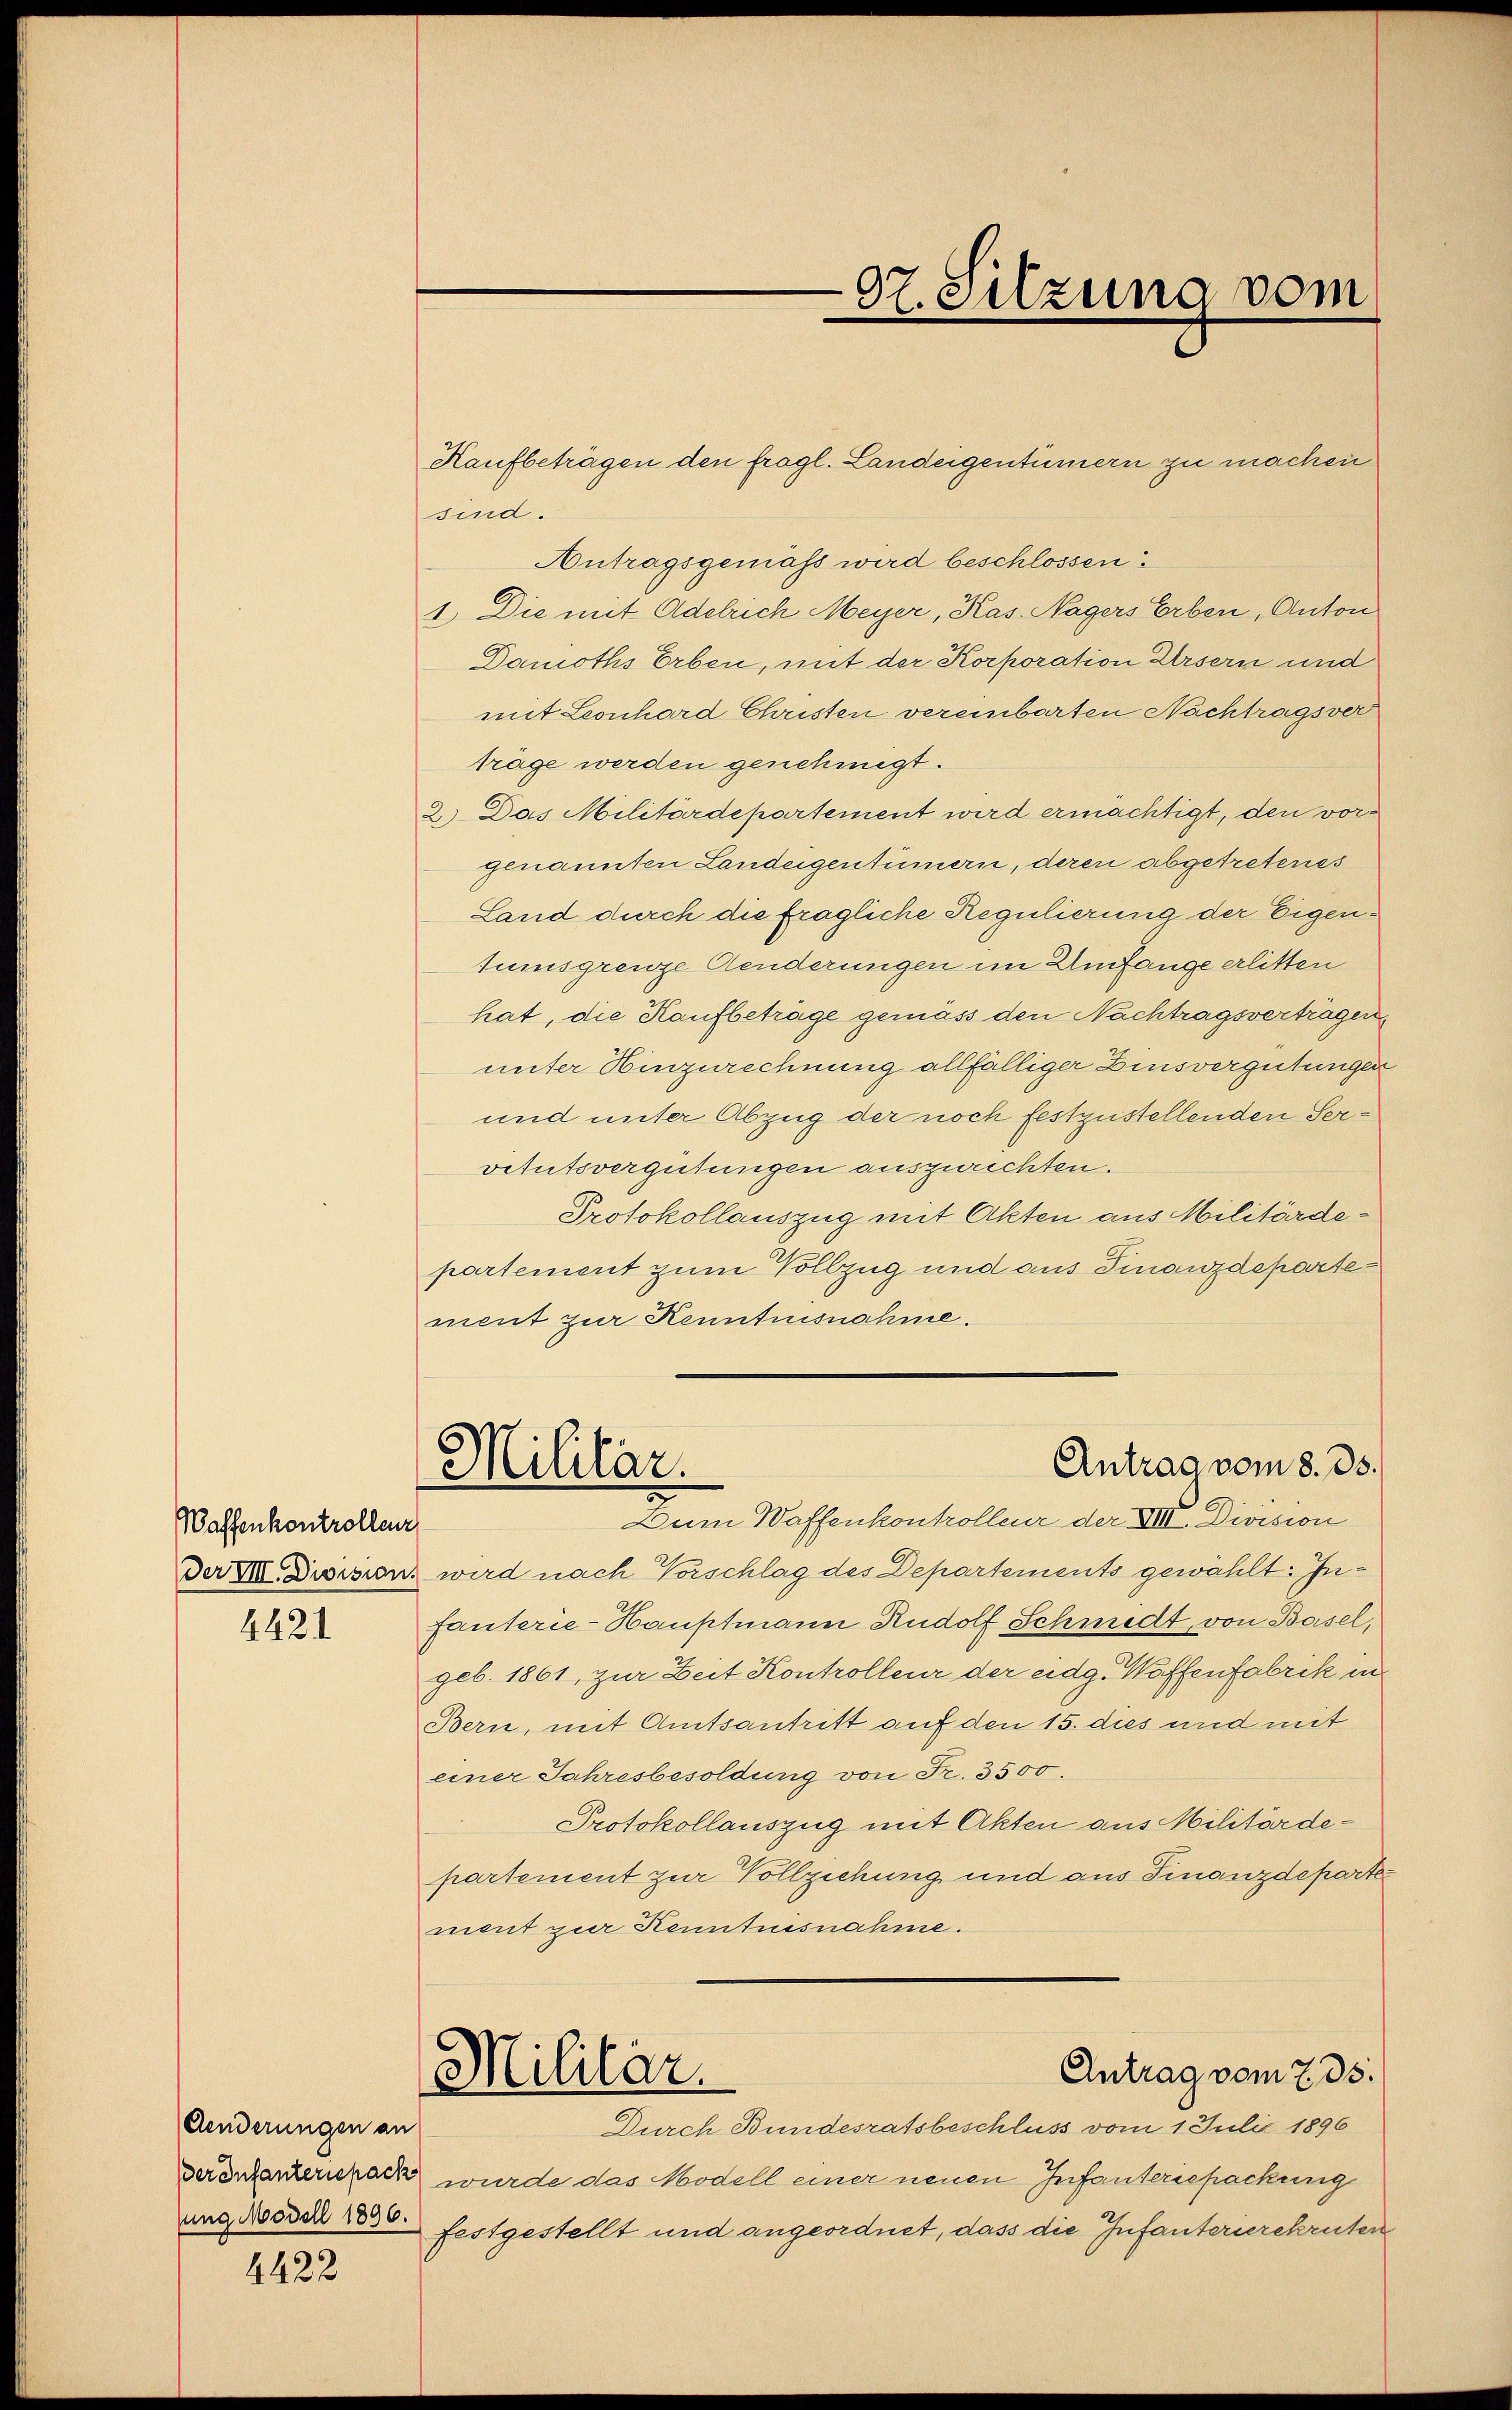
Waffenkontrollenz
Der VIII. Division.

4421

Aenderungen an
sung Modell 1896.

4422

Kaufbeträgen den fragl. Landeigentümern zu machen
sind.
Antragsgemäß wird beschlossen:
1.) Die mit Adelrich Meyer, Kas. Nagers Erben, Anton
Danroths Erben, mit der Korporation Ursern und
mit Leonhard Christen vereinbarten Nachtragsver
träge werden genehmigt.
2.) Das Militärdepartement wird ermächtigt, den vorgenannten Landeigentümern, deren abgetreteres
Land durch die fragliche Regulierung der Eigentumsgrenze Aenderungen im Umfange erlitten
hat, die Kaufbeträge gemäss den Nachtragsvertragen
unter Hinzurechnung allfälliger Zinsvergütungen
und unter Abzug der noch festzustellenden Servitutsvergütungen auszurichten.
Protokollauszug mit Akten aus Militärdepartement zum Vollzug und aus Finanzdepartement zur Kenntnisnahme.
Antrag vom 8. ds.
Militar.
Dum Waffenkontrolleur der XIII. Division
wird nach Vorschlag des Departements gewählt: Infanterie-Hauptmann Rudolf Schmidt, von Basel,
geb. 1861, zur Zeit Kontrolleur der eidg. Waffenfabrik in
Bern, mit Amtsantritt auf den 15. dies und mit
einer Jahresbesoldung von Fr. 3500.
Protokollauszug mit Akten aus Militärdepartement zur Vollziehung und aus Finanzdeparte
ment zur Kenntnisnahme.
Antrag vom 735.
Militär.
Durch Bundesratsbeschluss vom 1. Julii 1896
verontanternrack wurde das Modell einer neuen Infanternpackung
festgestellt und angeordnet, dass die Infanterierekruten

07. Sitzung vom